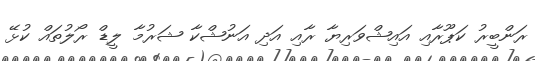
ރަންބީރު ކަޕޫރާއި އައިޝްވަރިޔާ ރާއި އަދި އަނުޝްކާ ޝަރުމާ ލީޑް ރޯލުތައް ކުޅޭ